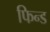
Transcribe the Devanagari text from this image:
फिन्ड